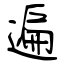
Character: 遍